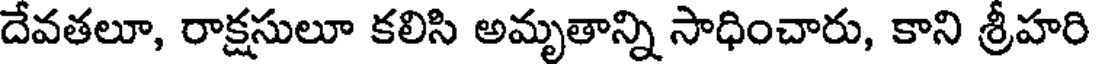
దేవతలూ, రాక్షసులూ కలిసి అమృతాన్ని సాధించారు, కాని శ్రీహరి